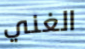
الغني